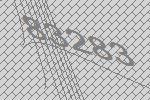
83283